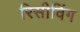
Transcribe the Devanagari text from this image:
रिसीविंग